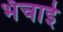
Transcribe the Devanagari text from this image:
भँचाई